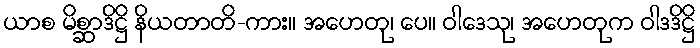
ယာစ မိစ္ဆာဒိဋ္ဌိ နိယတာတိ-ကား။ အဟေတု၊ ပေ။ ဝါဒေသု၊ အဟေတုက ဝါဒဒိဋ္ဌိ